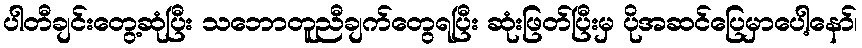
ပါတီချင်းတွေ့ဆုံပြီး သဘောတူညီချက်တွေရပြီး ဆုံးဖြတ်ပြီးမှ ပိုအဆင်ပြေမှာပေါ့နော်၊